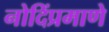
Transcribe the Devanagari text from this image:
नोदिंप्रमाणे